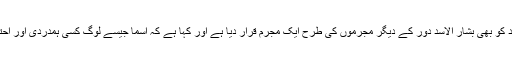
ناقدین نے اسما الاسد کو بھی بشار الاسد دور کے دیگر مجرموں کی طرح ایک مجرم قرار دیا ہے اور کہا ہے کہ اسما جیسے لوگ کسی ہمدردی اور احترام کے حقدار نہیں۔